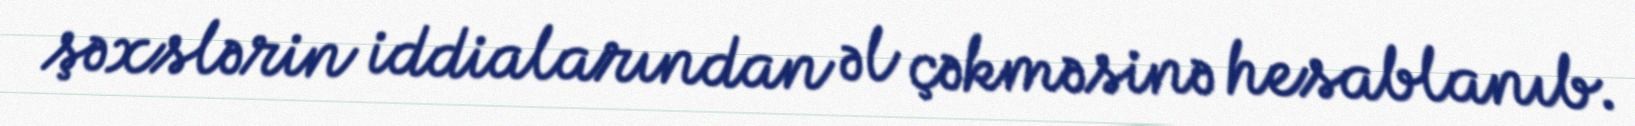
şəxslərin iddialarından əl çəkməsinə hesablanıb.